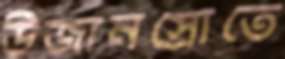
উজানস্রোতে